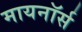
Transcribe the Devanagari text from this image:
मायनॉर्स